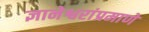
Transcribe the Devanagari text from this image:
ज्ञानेश्वरांप्रमाणे